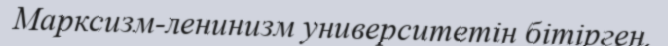
Марксизм-ленинизм университетін бітірген.